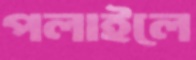
পলাইলে